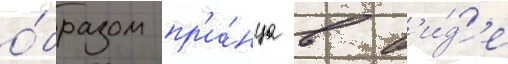
о́бразом пр'и́нца в в'и́д'е